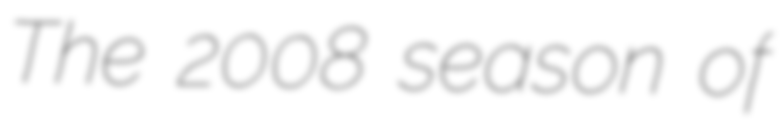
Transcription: The 2008 season of